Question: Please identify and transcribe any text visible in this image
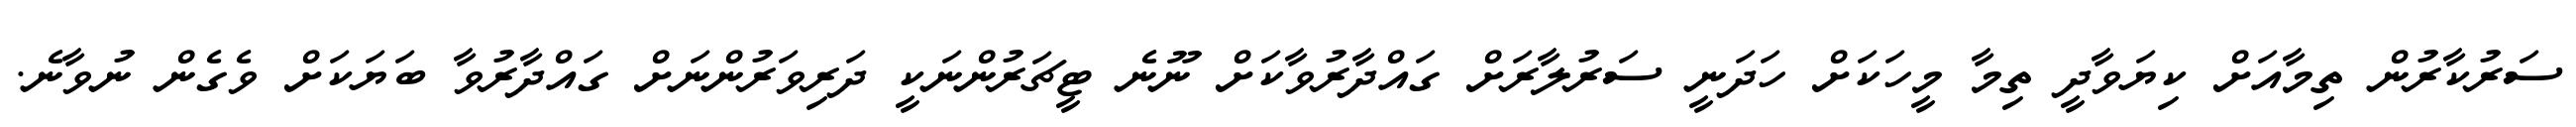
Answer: ސަރުކާރުން ތިމާއަށް ކިޔަވާދީ ތިމާ މީހަކަށް ހަދަނީ ސަރުލާރަށް ގައްދާރުވާކަށް ނޫނެ ޓީޗަރުންނަކީ ދަރިވަރުންނަށް ގައްދާރުވާ ބަޔަކަށް ވެގެން ނުވާނެ.